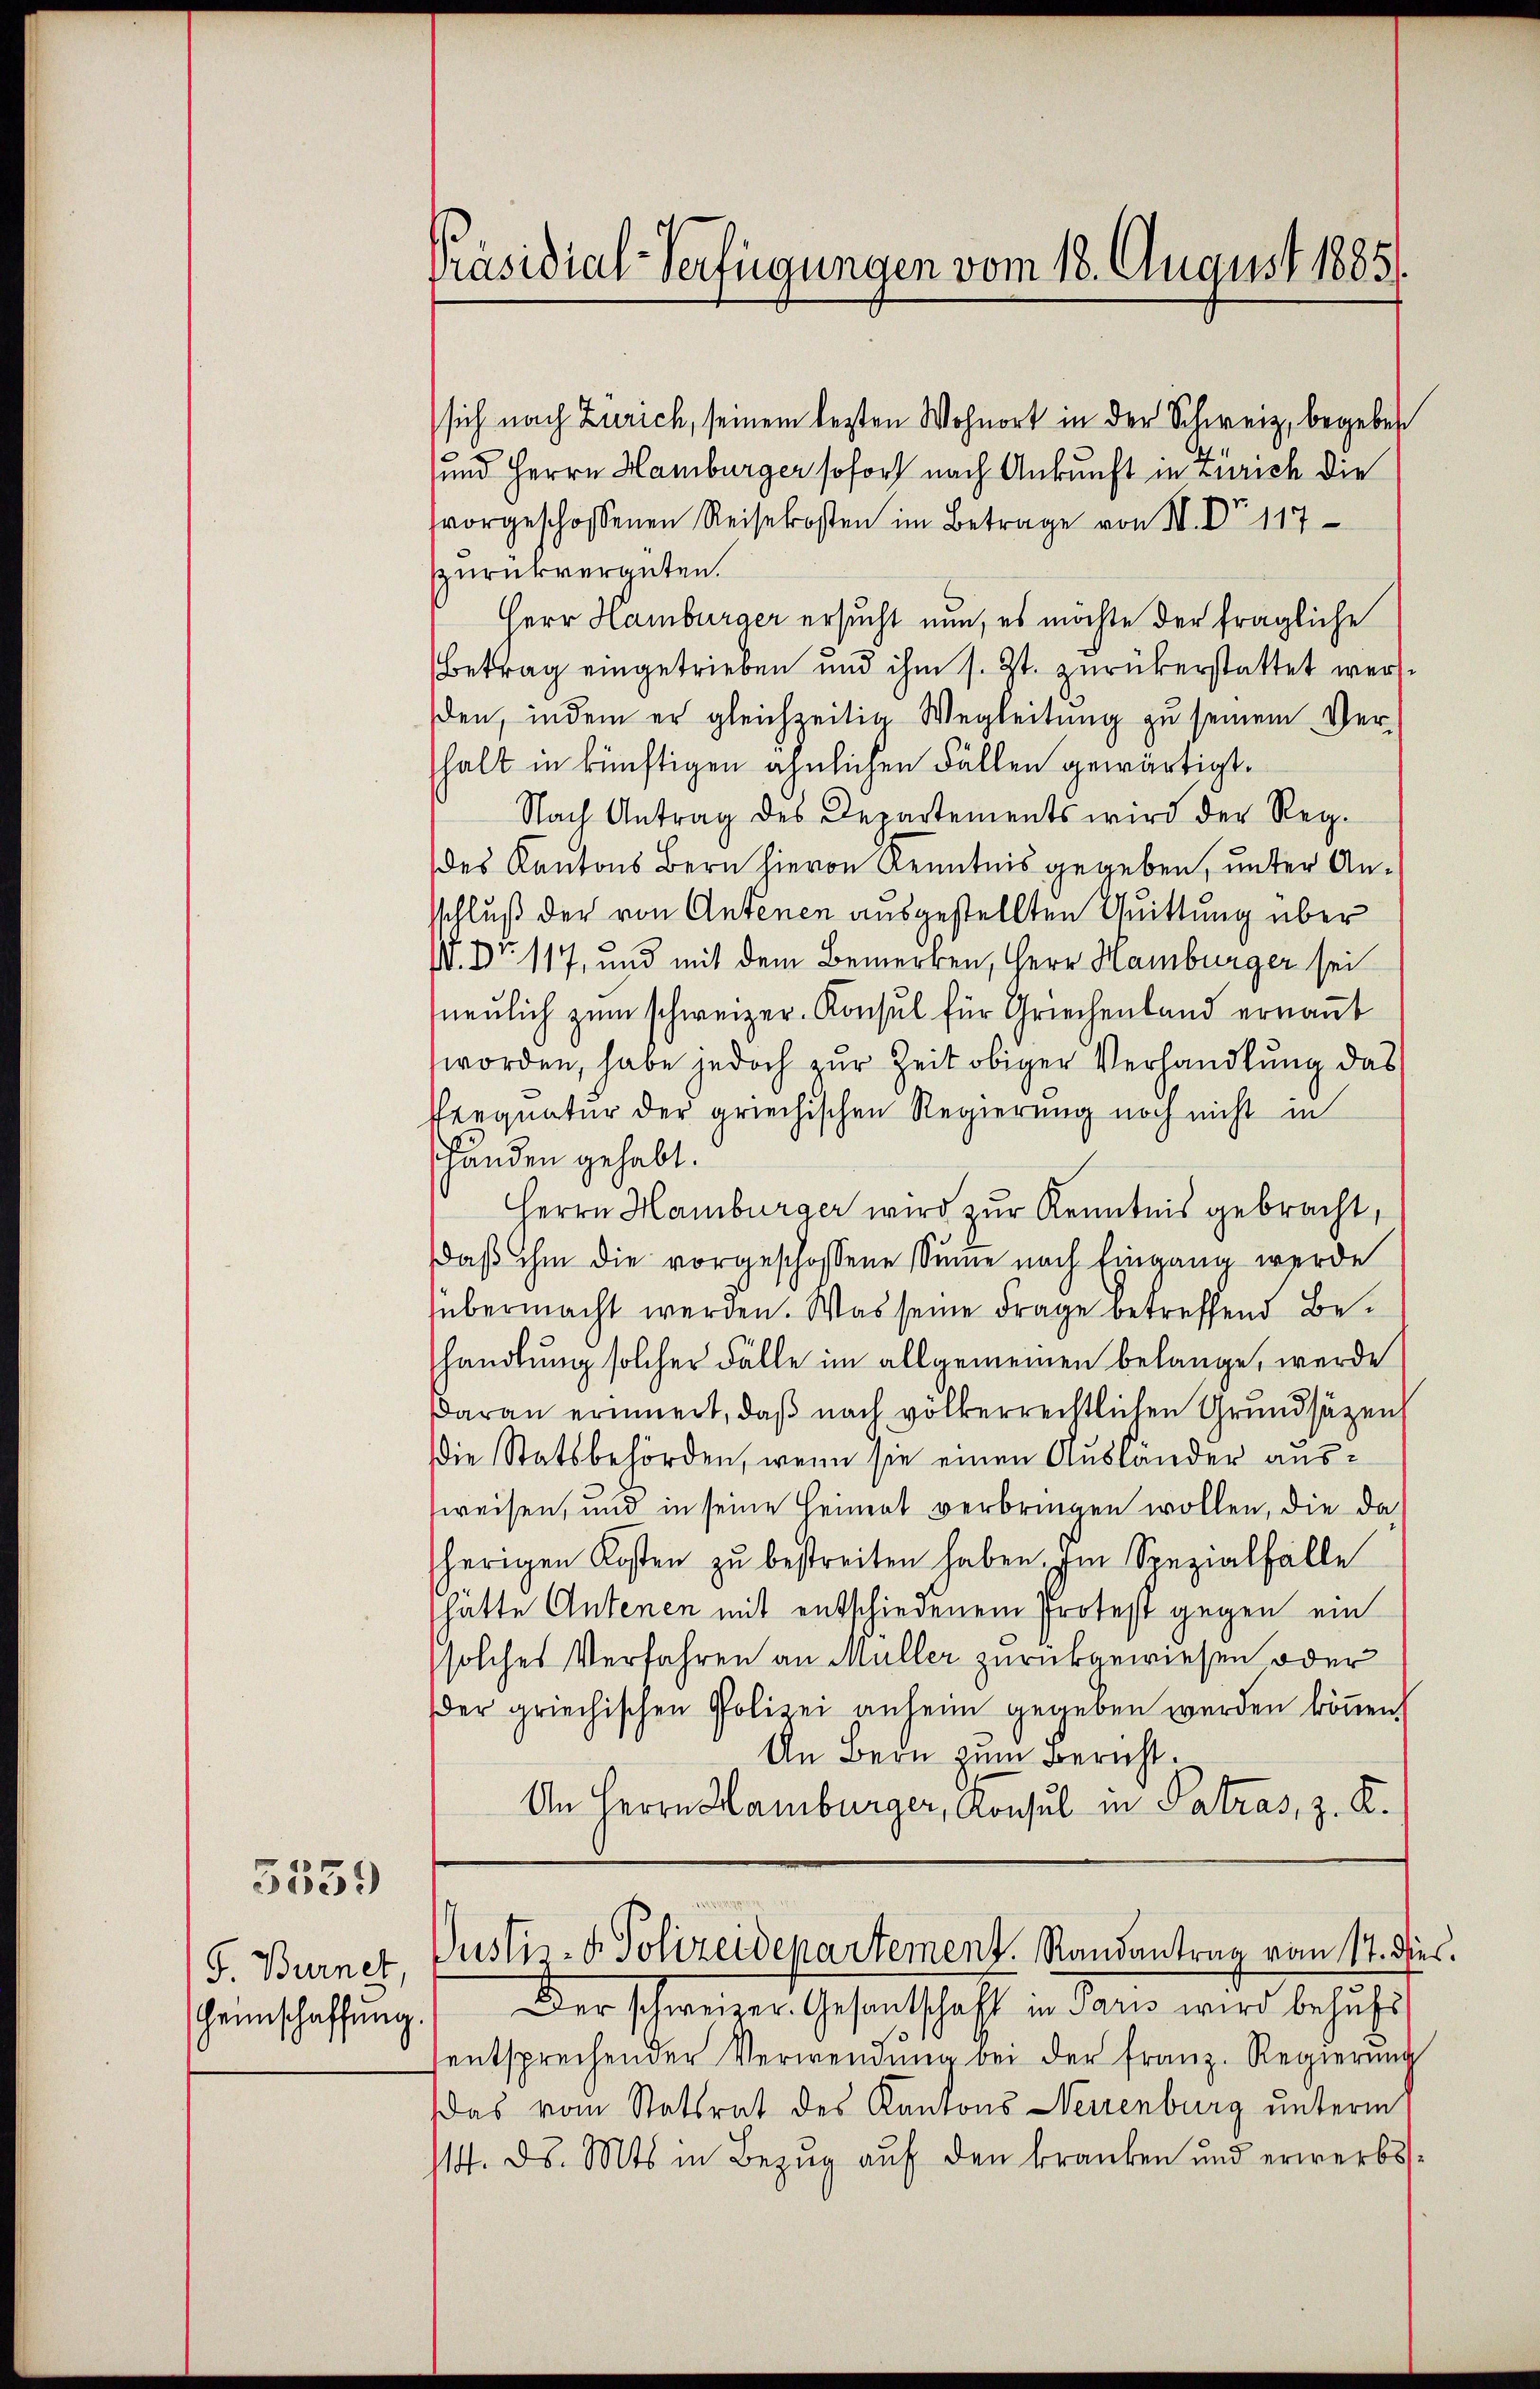
G. Burner,

5539

Präsidial-Verfügungen vom 18. August 1885.

sich nach Zürich, seinem besten Wohnort in der Schweiz, begebet
.
und Herrn Hamburger sofort nach Ankunft in Zürich die
vorgeschossenen Reisekosten im Betrage von M. Dr 117
zurückvergüten.
Herr Hamburger ersucht nun, es möchte der fragliche
Betrag eingetrieben und ihm s. Zt. zurückerstattet werden, indem er gleichzeitig Wegleitung zu seinem Verhalt in künftigen ähnlichen Fällen gewärtigt.
Nach Antrag des Departements wird der Reg.
des Kantons Bern hievon Kenntnis gegeben, unter Anschluß der von Antenen ausgestellten Quittung über
V. Dr. 117, und mit dem Bemerken, Herr Hamburger sei
neulich zum schweizer. Konsul für Griechenland ernannt
worden, habe jedoch zur Zeit obiger Verhandlung das
Reequatur der griechischen Regierung noch nicht in
shänden gehabt.
Herrn Hamburger wird zur Kenntnis gebracht,
daß ihm die vorgeschossene Summe nach Eingang werde
übermacht werden. Was seine Frage betreffend Behandlung solcher Fälle im allgemeinen belange, werde
Daran erinnert, daß nach völkerrechtlichen Grundsätzen
die Statsbehörden, wenn sie einen Ausländer ausweisen, und in seine Heimat verbringen wollen, die da
herigen Kosten zu bestreiten haben. Im Spezialfälle
hätte Antenen mit entschiedenem Protest gegen ein
solches Verfahren an Müller zurückgewiesen oder
der griechischen Polizei anheim gegeben werden können.
An Bern zum Bericht.
An Herrn Hamburger, Konsul in Patras, z. K.

Justiz- & Polizeidepartement. Randantrag vom 17. dies.

Heinschaffŭng. Der schweizer. Gesandtschaft in Paris wird behufientsprechender Verwendŭng bei der franz. Regierŭng
as vom Statsrat des Kantons Neuenburg unterm
114. ds. Mts. in Bezug auf den kranken und erwerbss¬